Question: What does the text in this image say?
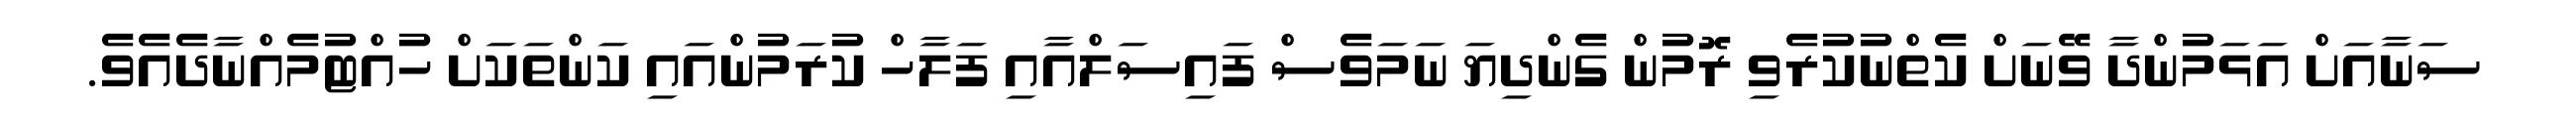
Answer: ސަނާއަށް އަޅަމުންދާ ވޭނަށް ކެތްނުކުރެވި ރޮމުން ގެންދިޔަ ނަމަވެސް ފައިސަލްއާއި ފަލާހް ކުރަމުންއައި ކަންތަކަށް ހުއްޓުމެއްނާދެއެވެ.